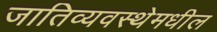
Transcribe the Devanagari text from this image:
जातिव्यवस्थेमधील